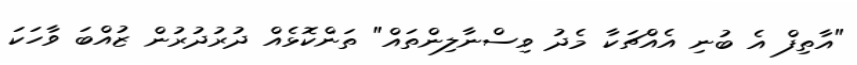
"އާތިފް އެ ބުނި އެއްޗަކާ މެދު ވިސްނާލިންތައް" ތަންކޮޅެއް ދުރުދުރުން ޒުއްބަ ވާހަކަ